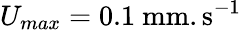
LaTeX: U_{max}=0.1~\mathrm{mm.s^{-1}}